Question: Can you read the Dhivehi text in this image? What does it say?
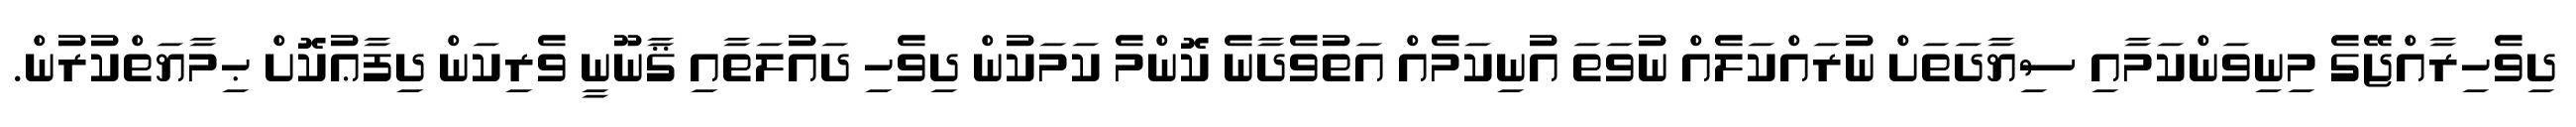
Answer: ދިވެހިރާއްޖޭގެ މިނިވަންކަމާއި ސިޔާދަތަށް ނުރައްކަލެއް ނުވަތަ އުނިކަމެއް އަތުވެދާނެ ކޮންމެ ކަމަކުން ދިވެހި ދައުލަތާއި ޤާނޫނީ ވެރިކަން ދިފާޢުކޮށް ޙިމާޔަތްކުރުން.